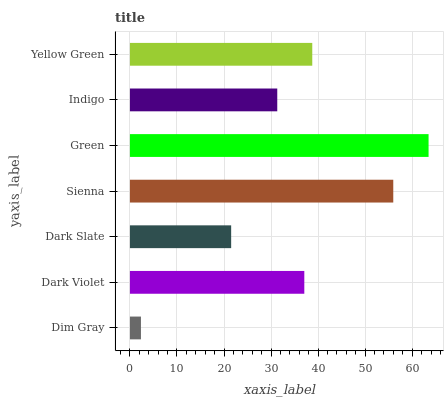
| yaxis_label | bars |
 | --- | --- |
 | Dim Gray | 2.34 |
 | Dark Violet | 37.1 |
 | Dark Slate | 21.5 |
 | Sienna | 56 |
 | Green | 63.5 |
 | Indigo | 31.3 |
 | Yellow Green | 38.8 |